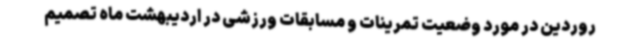
روردین در مورد وضعیت تمرینات و مسابقات ورزشی در اردیبهشت ماه تصمیم